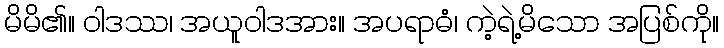
မိမိ၏။ ဝါဒဿ၊ အယူဝါဒအား။ အပရာဓံ၊ ကဲ့ရဲ့မိသော အပြစ်ကို။